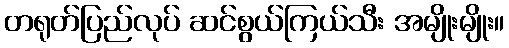
တရုတ်ပြည်လုပ် ဆင်စွယ်ကြယ်သီး အမျိုးမျိုး။